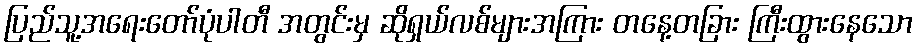
ပြည်သူ့အရေးတော်ပုံပါတီ အတွင်းမှ ဆိုရှယ်လစ်များအကြား တနေ့တခြား ကြီးထွားနေသော